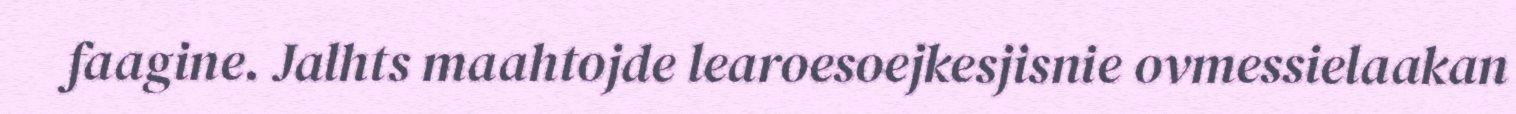
faagine. Jalhts maahtojde learoesoejkesjisnie ovmessielaakan